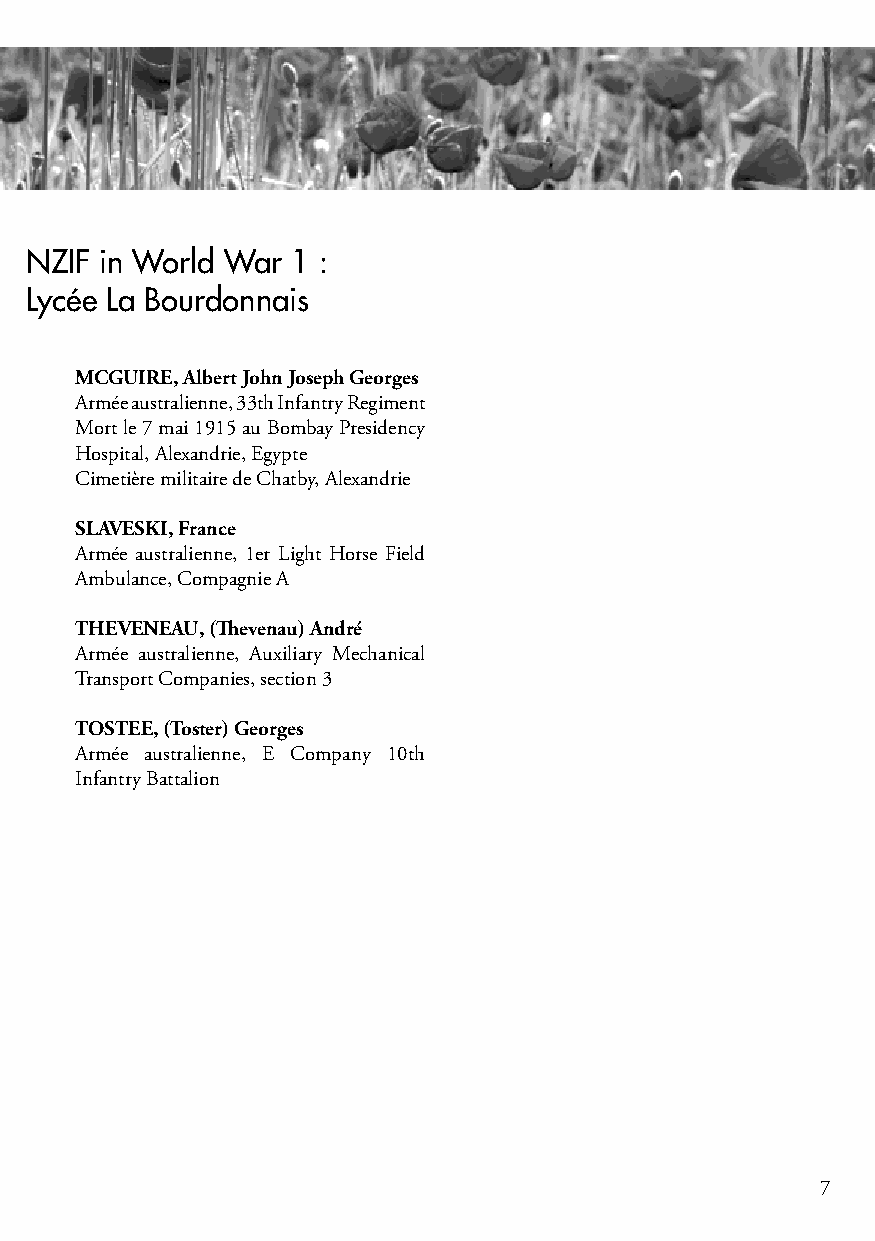
List of Mauritian born Soldiers who Served in the AIF or NZIF in World War 1 :
 prepared by teachers and students of Ecole du Centre and Lycée La Bourdonnais
 MCGUIRE, Albert John Joseph Georges
 Armée australienne, 33th Infantry Regiment
 Mort le 7 mai 1915 au Bombay Presidency
 Hospital, Alexandrie, Egypte
 Cimetière militaire de Chatby, Alexandrie
 SLAVESKI, France
 Armée australienne, 1er Light Horse Field
 Ambulance, Compagnie A
 THEVENEAU, (Thevenau) André
 Armée australienne, Auxiliary Mechanical
 Transport Companies, section 3
 TOSTEE, (Toster) Georges
 Armée australienne, E Company 10th
 Infantry Battalion
 7